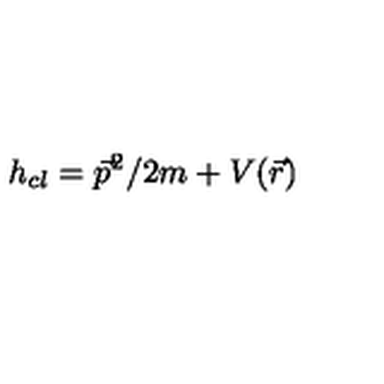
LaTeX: h _ { c l } = \vec { p } ^ { 2 } / 2 m + V ( \vec { r } )